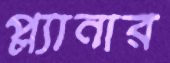
প্ল্যানার